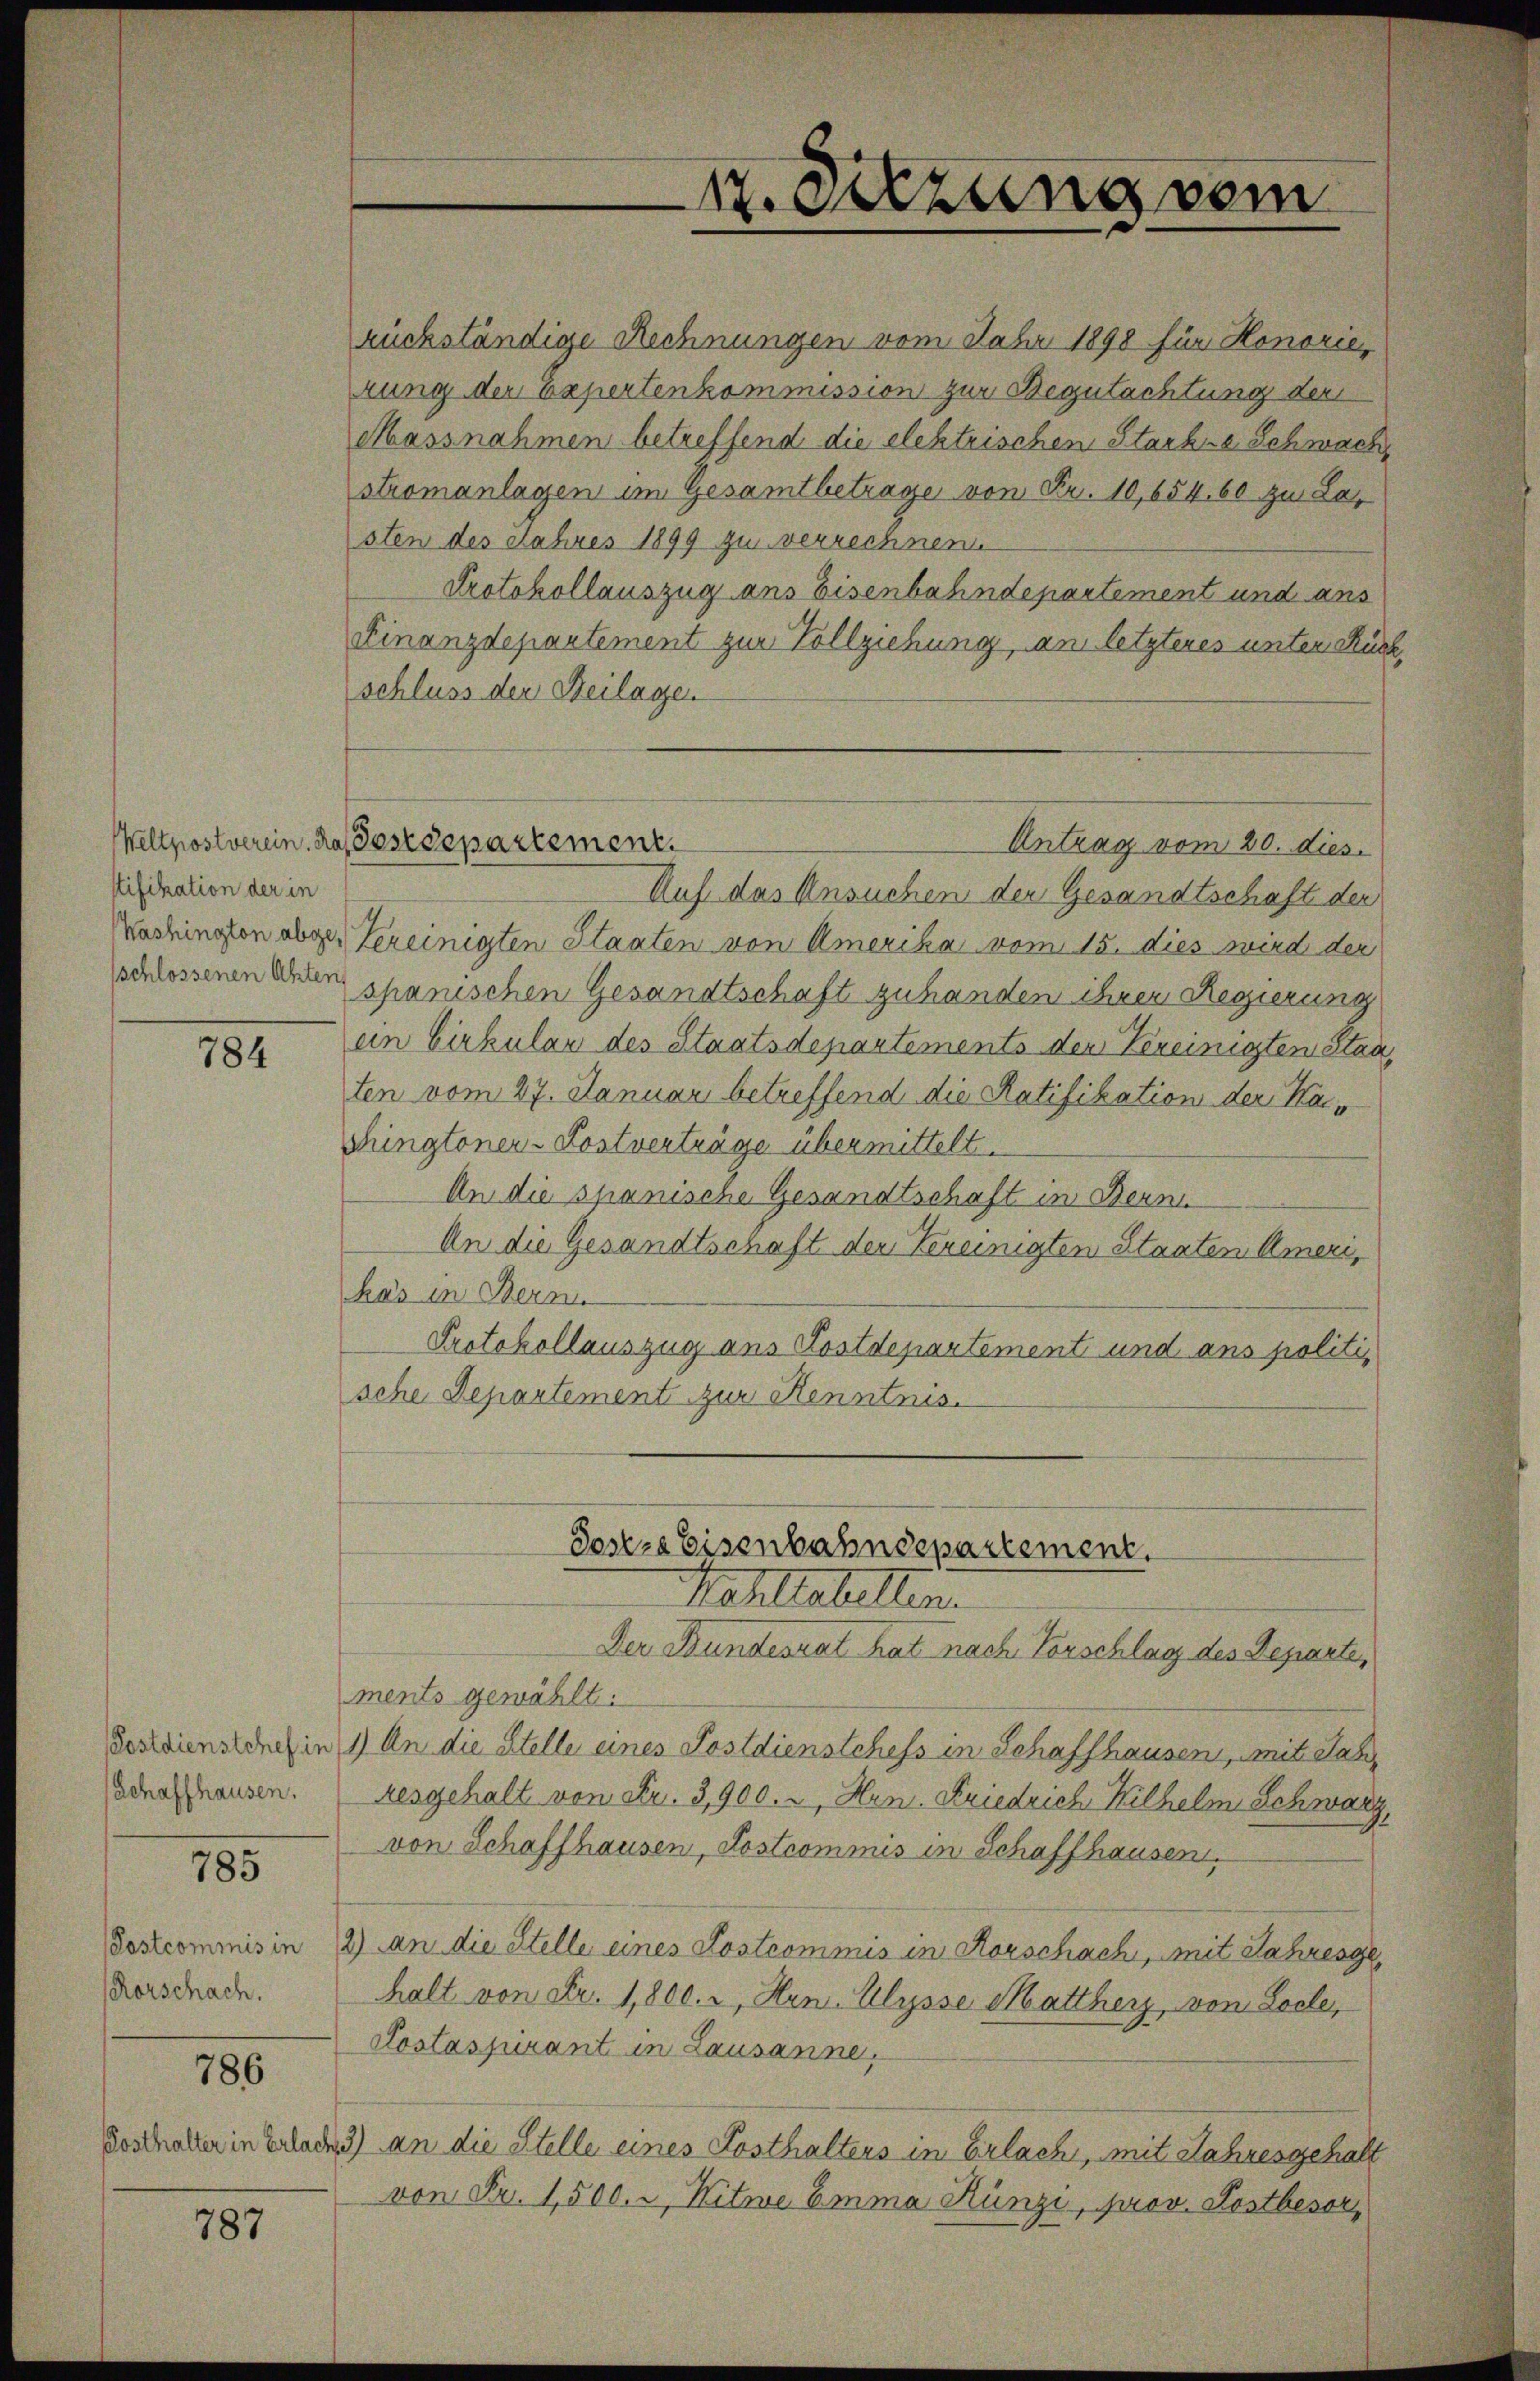
stifikation der in

181

Schaffhausen.

785

Postcommis in
Rorschach.

786

Posthalter in Erlac

787

rückständige Rechnungen vom Jahr 1898 für Honorie
rung der Expertenkommission zur Begutachtung der
Massnahmen betreffend die elektrischen Starbne Schwach,
stromanlagen im Gesamtbetrage von Fr. 10,654, 60 zu La
sten des Jahres 1899 zu verrechnen
Protokollauszug ans Eisenbahndepartement und ans
Finanzdepartement zur Vollziehung, am letzteres unter Rückschluss der Beilagen
Auf das Ansuchen der Gesandtschaft der
Washingen abge, Vereinigten Staaten von Amerika vom 15. dies wird der
schlossenen anden spanischen Gesandtschaft zuhanden ihrer Regierung
ein Cirkulen des Staatsdepartements der Vereinigten Staaten vom 27. Januar betreffend die Ratifikation der Kai¬
Singtonen-Postverträge übermittelt.
An die spanische Gesandtschaft in Bern
An die Gesandtschaft der Vereinigten Staaten Ameri,
has in Bern
Protokollauszug ans Kostdepartement und ans politische Departement zur Kenntnis.
Sostra Eisenbahndepartement.
Wahltatellen.
Der Bundesrat hat nach Vorschlag des Departe,
ments gewählt.
Tesdienstduch in 1) An die Stelle eines Postdienstchefs in Schaffhausen, mit Jah
zesgehalt von Fr. 3900. u Hrn. Friedrich Wilhelm Schwarz,
von Schaffhausen, Kostcommis in Schaffhausen.
2) An die Stelle eines Kostcommis in Rorschach, mit Jahresge
halt von Fr. 1,800. u. Hrn. Ulysse Mattherz, von Loche,
Costaspirant in Lausanne,
23) An die Stelle eines Posthaltens in Erlach, mit Jahresgehalt
von Fr. 1500. u Kitwe Emma Rünzi, prov. Postbesor

Weltpostverein. Das Postdepartement.

Sitzung vom

Antrag vom 20. dies.